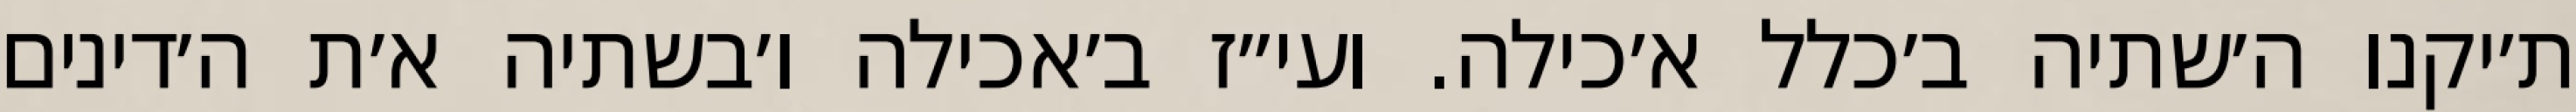
ת׳יקנו ה׳שתיה ב׳כלל א׳כילה. ועי״ז ב׳אכילה ו׳בשתיה א׳ת ה׳דינים